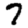
Digit: 7